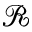
\mathcal { R }